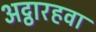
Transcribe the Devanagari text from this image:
अट्ठारहवा